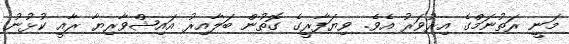
މަނީ ރަތުނަމްގެ އިރުވަރު އެވެ. ވިޔަފާރީގެ ގޮތުން ބަލާއިރު އައިޝްވާރިޔާ ރާއީ ކުޅުނު